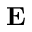
\mathbf { E }